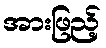
အားဖြည့်